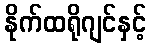
နိုက်ထရိုဂျင်နှင့်